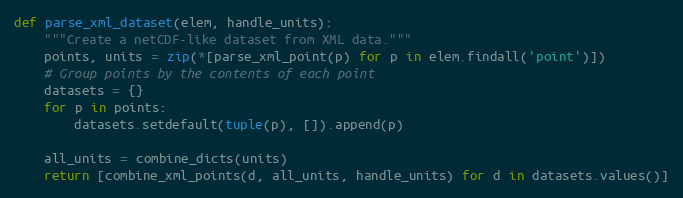
Language: Python
def parse_xml_dataset(elem, handle_units):
    """Create a netCDF-like dataset from XML data."""
    points, units = zip(*[parse_xml_point(p) for p in elem.findall('point')])
    # Group points by the contents of each point
    datasets = {}
    for p in points:
        datasets.setdefault(tuple(p), []).append(p)

    all_units = combine_dicts(units)
    return [combine_xml_points(d, all_units, handle_units) for d in datasets.values()]